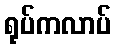
ရုပ်ကလာပ်